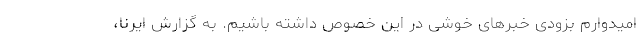
امیدوارم بزودی خبرهای خوشی در این خصوص داشته باشیم. به گزارش ایرنا،